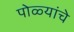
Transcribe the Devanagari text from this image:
पोळ्यांचे